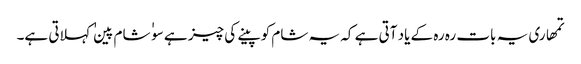
تمھاری یہ بات رہ رہ کے یاد آتی ہے کہ یہ شام کو پینے کی چیز ہے سو ٰ ٰ شام پین ٰ ٰ کہلاتی ہے۔